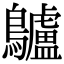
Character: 𪈒